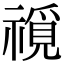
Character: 𥛟